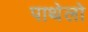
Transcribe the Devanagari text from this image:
पाथेलो